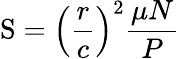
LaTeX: \mathrm{S}=\left({\frac{r}{c}}\right)^{2}{\frac{\mu N}{P}}